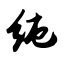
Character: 纯